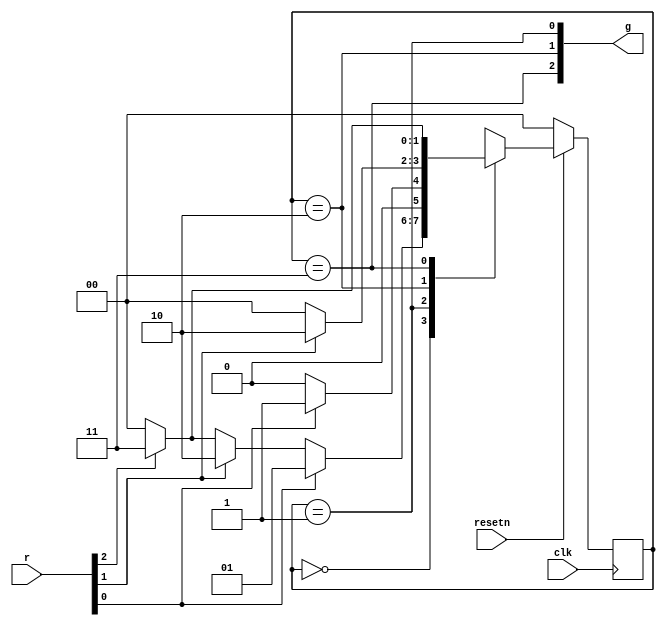
module top_module (
    input clk,
    input resetn,    // active-low synchronous reset
    input [3:1] r,   // request
    output [3:1] g   // grant
);
    parameter A=2'b00,B=2'b01,
    		  C=2'b10,D=2'b11;
    reg [1:0] state,next_state;
    always @(*) begin
        case(state)
            A: next_state = r[1] ? B : (r[2] ? C : (r[3] ? D : A));
            B: next_state = r[1] ? B : A;
            C: next_state = r[2] ? C : A;
            D: next_state = r[3] ? D : A;
            default: next_state = A;
        endcase
    end

    always @(posedge clk) begin
        if (~resetn) state <= A;
        else state <= next_state;
    end

    assign g = {state == D, state == C, state == B};

endmodule